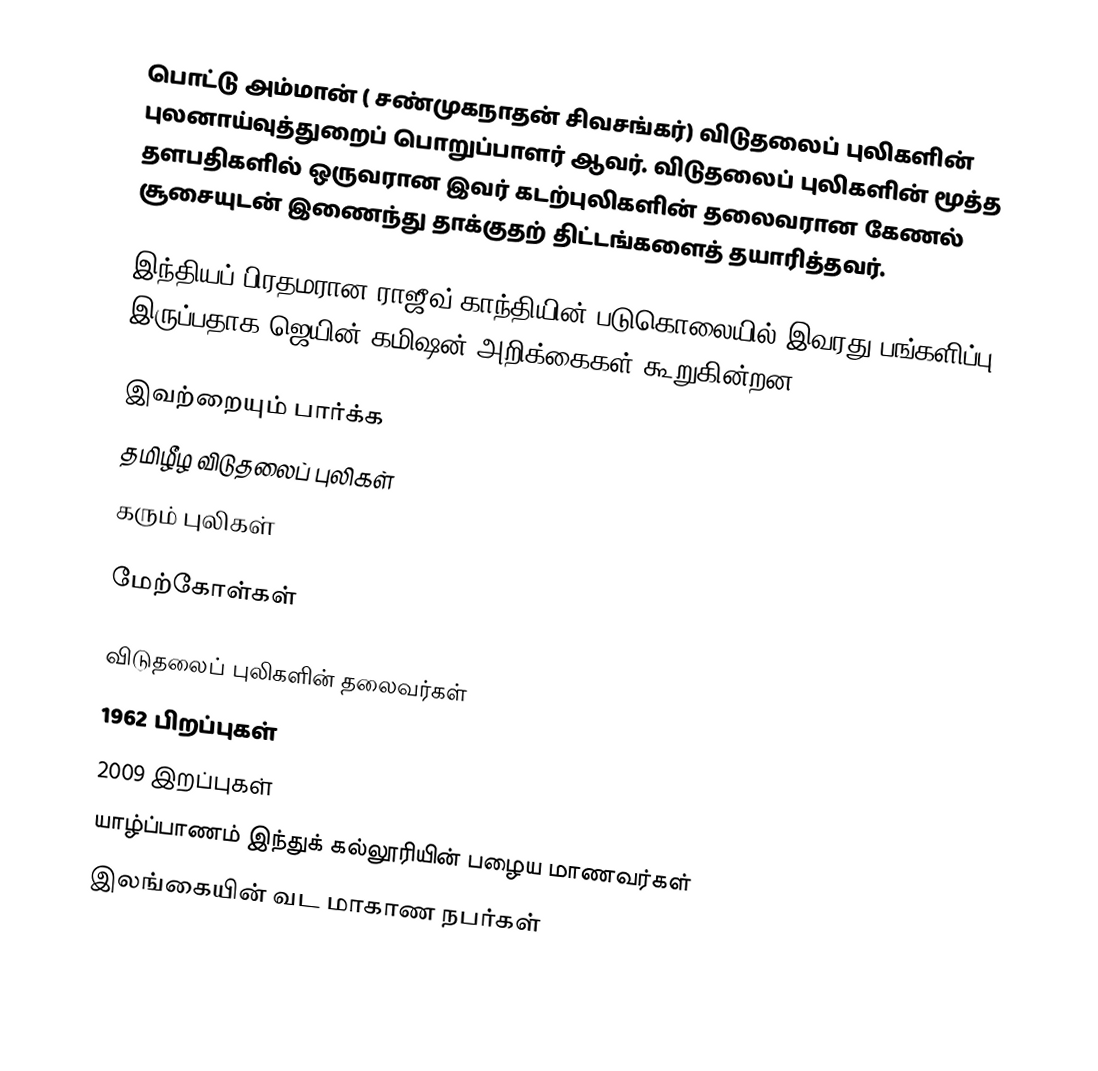
பொட்டு அம்மான் ( சண்முகநாதன் சிவசங்கர்) விடுதலைப் புலிகளின் புலனாய்வுத்துறைப் பொறுப்பாளர் ஆவர். விடுதலைப் புலிகளின் மூத்த தளபதிகளில் ஒருவரான இவர் கடற்புலிகளின் தலைவரான கேணல் சூசையுடன் இணைந்து தாக்குதற் திட்டங்களைத் தயாரித்தவர்.

இந்தியப் பிரதமரான ராஜீவ் காந்தியின் படுகொலையில் இவரது பங்களிப்பு இருப்பதாக ஜெயின் கமிஷன் அறிக்கைகள் கூறுகின்றன.

இவற்றையும் பார்க்க
தமிழீழ விடுதலைப் புலிகள்
கரும் புலிகள்

மேற்கோள்கள்

விடுதலைப் புலிகளின் தலைவர்கள்
1962 பிறப்புகள்
2009 இறப்புகள்
யாழ்ப்பாணம் இந்துக் கல்லூரியின் பழைய மாணவர்கள்
இலங்கையின் வட மாகாண நபர்கள்